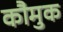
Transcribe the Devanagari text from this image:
कौमुक